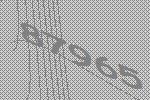
87965